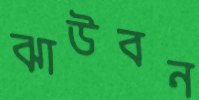
ঝাউবন